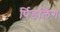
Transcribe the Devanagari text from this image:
र्पिडलिंग